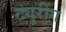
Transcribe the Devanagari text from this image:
ट्युरींग